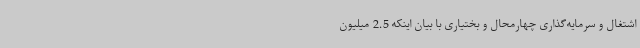
اشتغال و سرمایه‌گذاری چهارمحال و بختیاری با بیان اینکه 2.5 میلیون